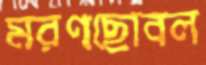
মরণছোবল